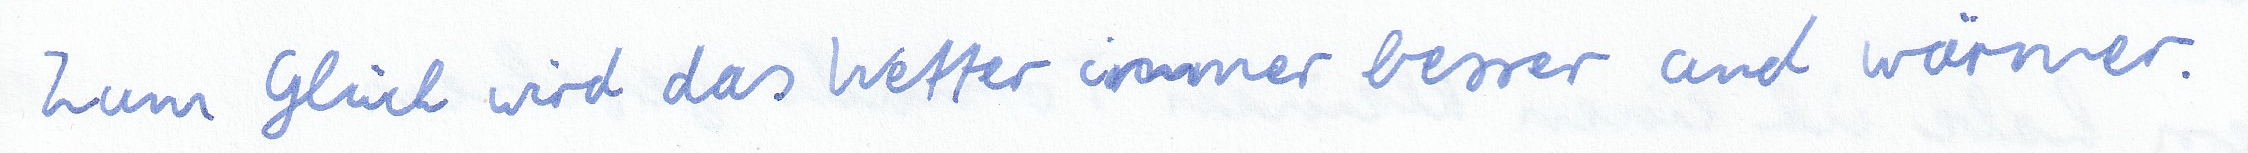
Zum Glück wird das Wetter immer besser und wärmer.